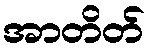
အာတိတ်